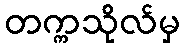
တက္ကသိုလ်မှ